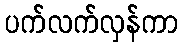
ပက်လက်လှန်ကာ